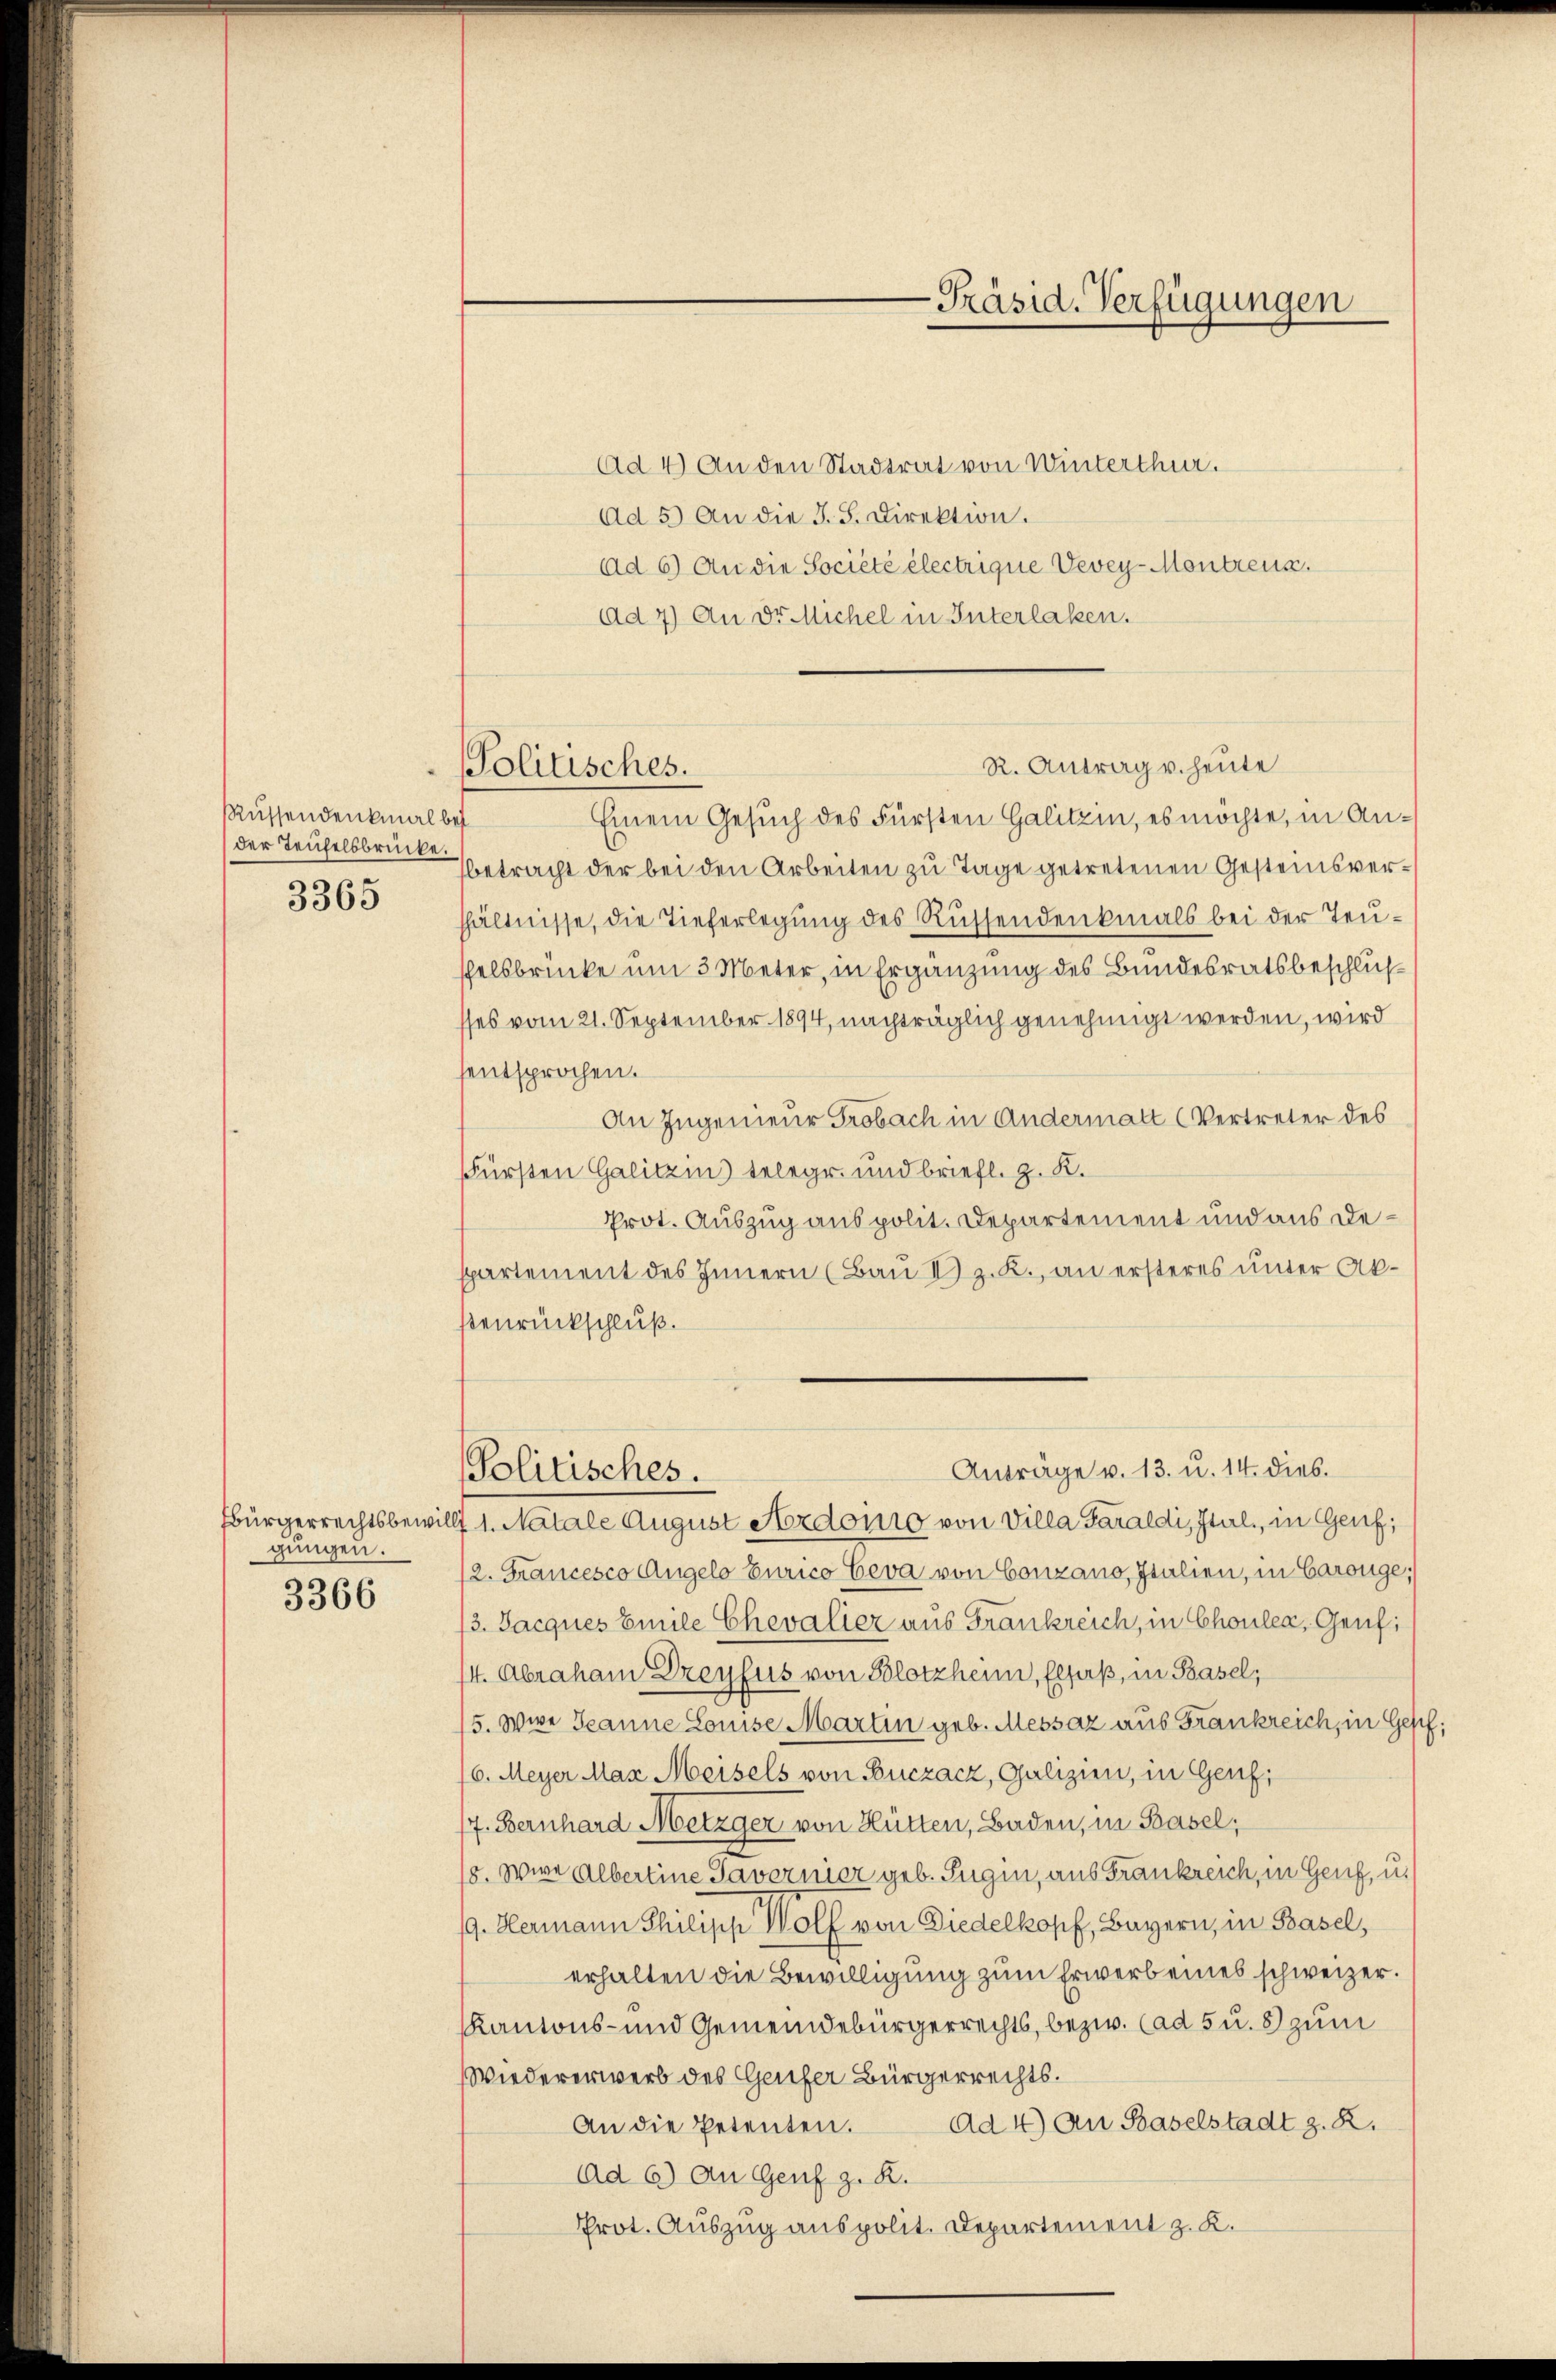
Rüssendenkmal bei
der Teufelsbrücke.
3365

Bürgerrechtsbewill
gungen.

3366

Politisches.

Präsid. Verfügungen

R. Antrag v. heute

Ad 4) An den Stadtrat von Winterthur.
Ad 5) An die J. F. Direktion.
ad 6) An die Société électrique Vevey-Montreux.
ad 4) An Dr. Michel in Interlaken.
Einem Gesuch des Fürsten Galitzin, es möchte, in Anbetracht der bei den Arbeiten zu Tage getretenen Gesteinsverhältnisse, die Tieferlegung des Rüssendenkmals bei der Teufelsbrücke um 3 Meter, in Ergänzung des Bundesratsbeschluß
sses vom 21. September 1894, nachträglich genehmigt werden, wird
entsprochen.
An Ingenieur Grobach in Andermatt (Vertreter des
Fürsten Galitzins telegr. und briefl. z. K.
Prot. Auszug aus polit. Departement und aus Despartement des Innern (Bau I) z. K., an ersteres unter Akßenrückschluß.
Anträge v. 13. u. 14. dies.
Politisches.
t 1. Natale August Nordonio von Villa Paraldi, Ital, in Genf;
2. Francesco Angelo Eurico Eeva von Conzano, Italien, in Carouge,
3. Jacques Emile Chevalier aus Frankreich, in Chouler, Genf;
4. Abraham Dreyfus von Blotzheim, Elsaß, in Basel;
5. Wir Jeanne Louise Martin geb. Messaz aus Frankreich, in Ges
6. Meyer Max Meisels von Buczacz, Galizien, in Genf;
17. Bernhard Metzger von Hütten, Baden, in Basel,
5. Wir Albereine Tavernier geb. Fugen, aus Frankreich, in Genf, u.
9. Hermann Philipp Wolf von Biedelkopf, Bayern, in Basel,
erhalten die Bewilligung zum Erwerb eines schweizer.
Kantons- und Gemeindebürgerrechts, bezw. (ad 5 u. 8 zum
Wiedererwerb des Genfer Bürgerrechts.
Ad 4) An Baselstadt z. R.
An die Petenten.
Ad 6) An Genf z. R.
Prot. Auszug aus polit. Departement z. K.